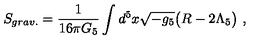
S _ { g r a v . } = \frac { 1 } { 1 6 \pi G _ { 5 } } \int d ^ { 5 } x \sqrt { - g _ { 5 } } \big ( R - 2 \Lambda _ { 5 } \big ) \ ,